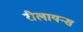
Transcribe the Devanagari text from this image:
रीलायन्स